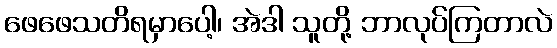
ဖေဖေသတိရမှာပေါ့၊ အဲဒါ သူတို့ ဘာလုပ်ကြတာလဲ